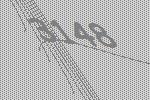
3148